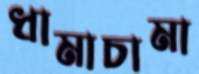
ধামাচামা